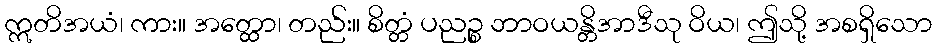
ဣတိအယံ၊ ကား။ အတ္ထော၊ တည်း။ စိတ္တံ ပညဉ္စ ဘာဝယန္တိအာဒီသု ဝိယ၊ ဤသို့ အစရှိသော